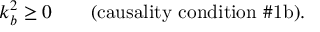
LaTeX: k _ { b } ^ { 2 } \ge 0 \qquad \mathrm { ( c a u s a l i t y ~ c o n d i t i o n ~ \# 1 b ) . }